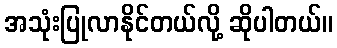
အသုံးပြုလာနိုင်တယ်လို့ ဆိုပါတယ်။